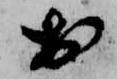
於